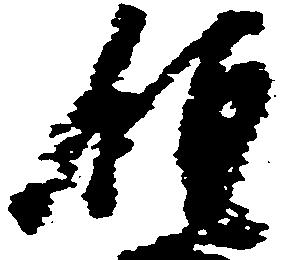
領